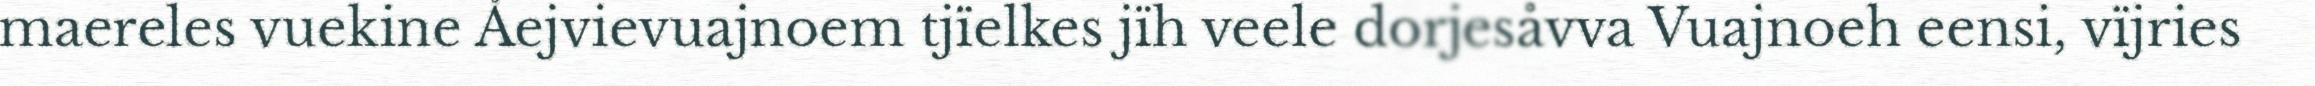
maereles vuekine Åejvievuajnoem tjïelkes jïh veele dorjesåvva Vuajnoeh eensi, vïjries